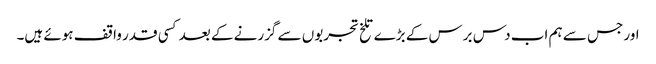
اور جس سے ہم اب دس برس کے بڑے تلخ تجربوں سے گزرنے کے بعد کسی قدر واقف ہوئے ہیں۔